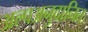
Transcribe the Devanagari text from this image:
अल्पअनुदानित